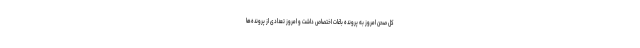
کل صحن امروز به پرونده باغات اختصاص داشت و امروز تعدادی از پرونده‌ها